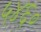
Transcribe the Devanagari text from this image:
५४६०